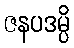
ဇနပဒမ္ပိ